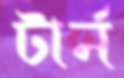
টার্ন